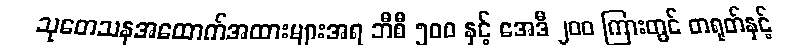
သုတေသနအထောက်အထားများအရ ဘီစီ ၅၀၀ နှင့် အေဒီ ၂၀၀ ကြားတွင် တရုတ်နှင့်